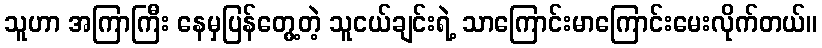
သူဟာ အကြာကြီး နေမှပြန်တွေ့တဲ့ သူငယ်ချင်းရဲ့ သာကြောင်းမာကြောင်းမေးလိုက်တယ်။